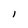
Character: l